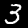
Label: 3